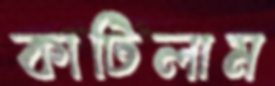
কাটিলাম